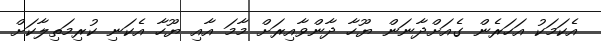
އެކަމަކު އަހަރެން ގެއަށްދާނަން ޔޫހާ ދާންވާއިރަށް މާމަ އާއި ޔޫހާ އެކަނި ކުރިމަތިލާކަށް